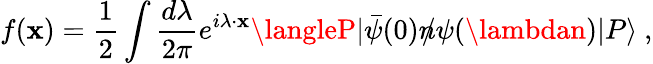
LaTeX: f(\mathbf{x})=\frac{1}{2}\int\frac{{d\lambda}}{{2\pi}}e^{i\lambda\cdot\mathbf{x}}\langleP|\bar{{\psi}}(0)n\! \! \! /\psi(\lambdan)|P\rangle\ ,